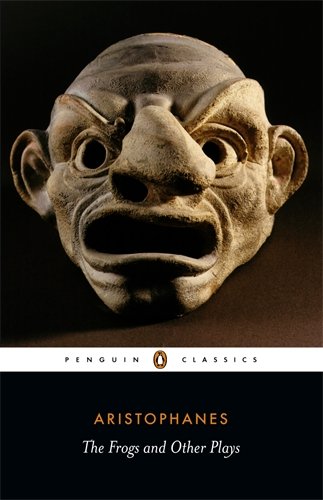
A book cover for Frogs and Other Plays (Penguin Classics); Aristophanes; Literature & Fiction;